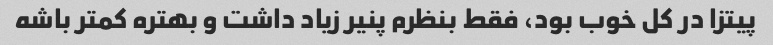
پیتزا در کل خوب بود، فقط بنظرم پنیر زیاد داشت و بهتره کمتر باشه